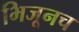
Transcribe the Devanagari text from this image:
भिजूनच